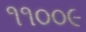
૧૧૦૦૯